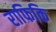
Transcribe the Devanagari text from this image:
राफिकि